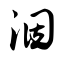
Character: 洇